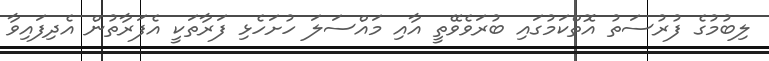
ލިބުމުގެ ފުރުސަތު އޮތްކަމުގައި ބުރަވެވޭތީ އާއި މައްސަލަ ހުށަހެޅި ފަރާތަކީ އެފަރާތުން އެދިފައިވާ